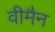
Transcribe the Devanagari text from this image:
वीमैन